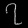
Digit: ၇